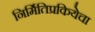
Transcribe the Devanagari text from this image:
निर्मितिप्रकियेचा